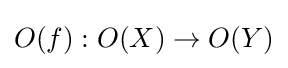
O(f):O(X)\to O(Y)